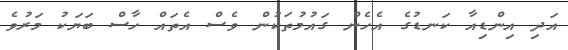
އަދި އިންޑިއާ ކަނޑުގެ އެހެން ގައުމުތަކުން ވެސް އެތައް ހާސް ބަޔަކު މަރުވެ